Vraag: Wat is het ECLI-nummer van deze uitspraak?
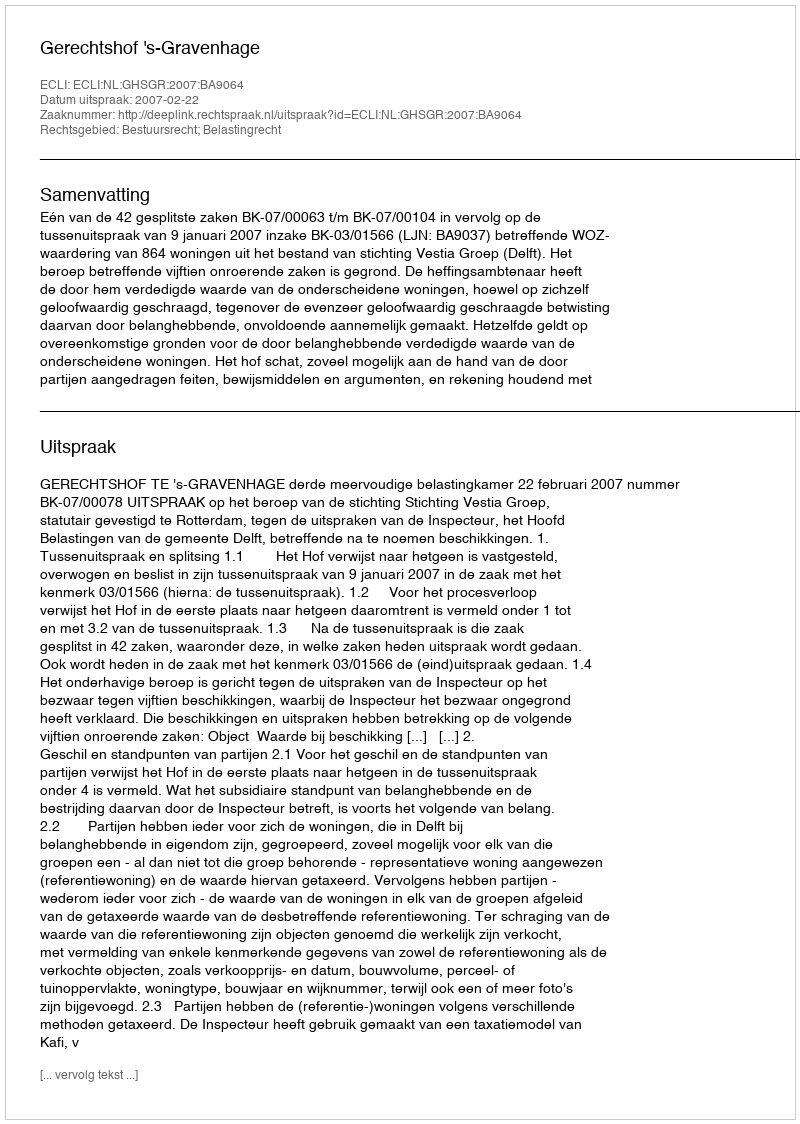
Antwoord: ECLI:NL:GHSGR:2007:BA9064